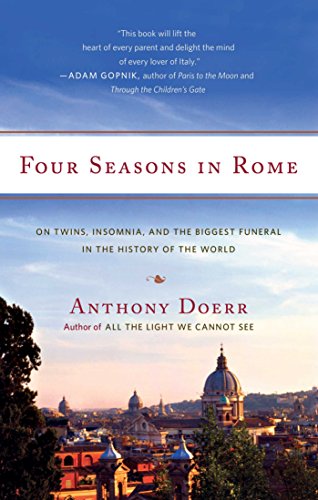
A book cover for Four Seasons in Rome: On Twins, Insomnia, and the Biggest Funeral in the History of the World; Anthony Doerr; Biographies & Memoirs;